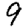
Digit: 9